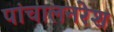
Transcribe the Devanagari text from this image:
पांचालनरेश